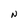
Character: N